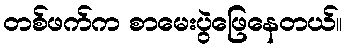
တစ်ဖက်က စာမေးပွဲဖြေနေတယ်။